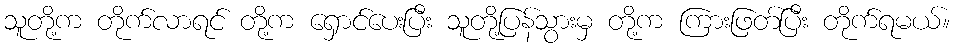
သူတို့က တိုက်လာရင် တို့က ရှောင်ပေးပြီး သူတို့ပြန်သွားမှ တို့က ကြားဖြတ်ပြီး တိုက်ရမယ်။